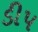
ડીપ